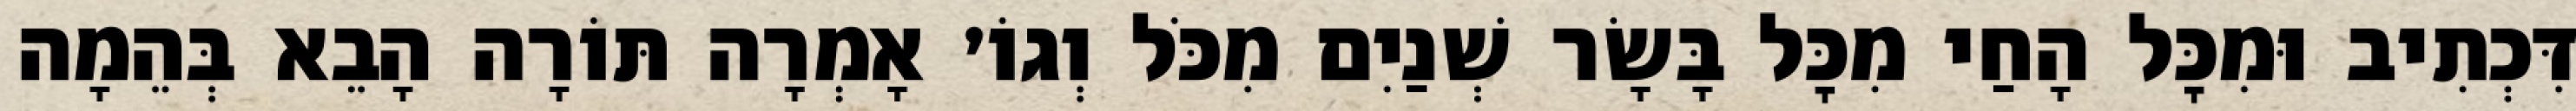
דִּכְתִיב וּמִכׇּל הָחַי מִכׇּל בָּשָׂר שְׁנַיִם מִכֹּל וְגוֹ׳ אָמְרָה תּוֹרָה הָבֵא בְּהֵמָה